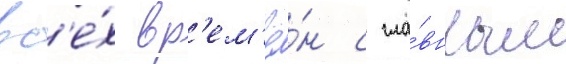
вс'е́х вр'ем'ё́н с гла́вным